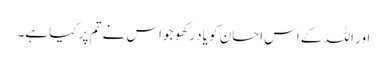
اور اللہ کے اس احسان کو یاد رکھو جو اس نے تم پر کیا ہے۔